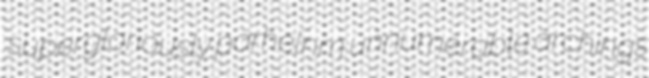
supergloriously parhelnm unnumerable archings